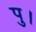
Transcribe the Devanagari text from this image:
पु।